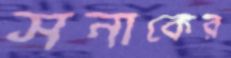
সনাকের